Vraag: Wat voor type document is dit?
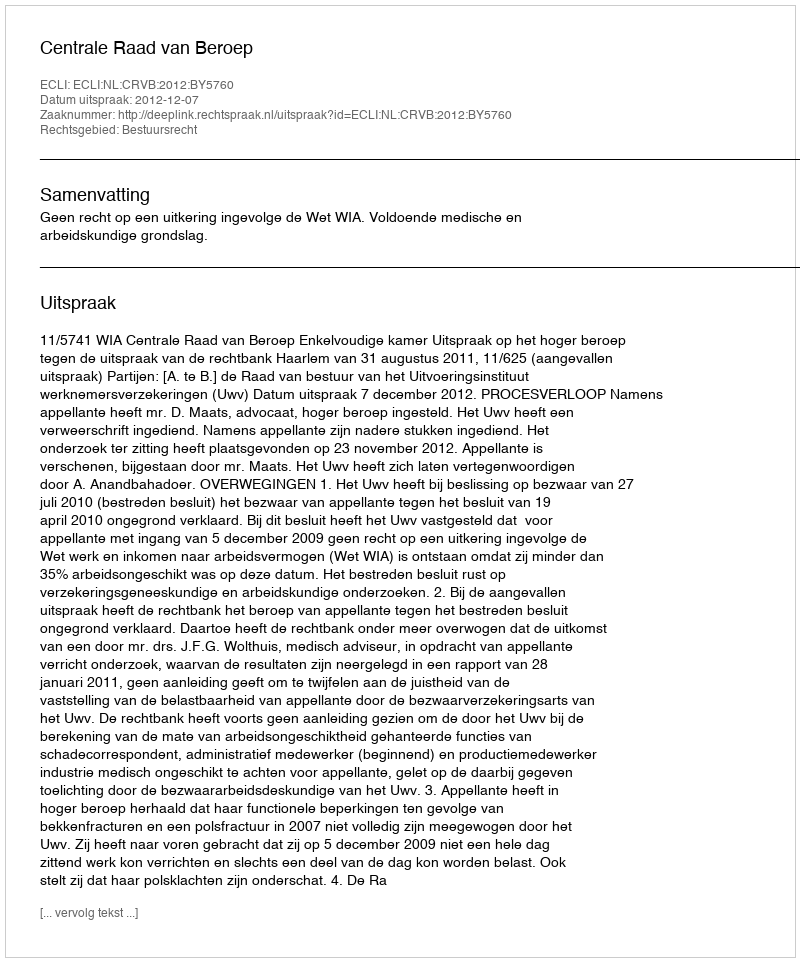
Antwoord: Uitspraak